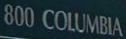
800 COLUMBIA